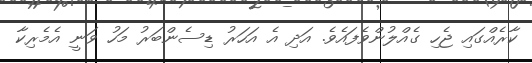
ކާރެއްގައި ޖެހި ގެއްލުންވެފައެވެ. އަދި އެ އަހަރު ޑިސެންބަރު މަހު ވަނީ އެމެރިކާ